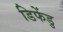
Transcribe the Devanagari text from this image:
डिफेंडु